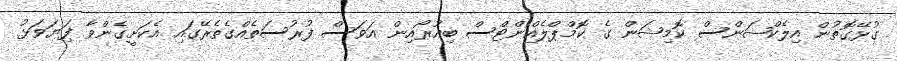
ގުޅޭގޮތުން އިލެކްޝަންސް ކޮމިޝަން ގެ ކޮމްޕްލެއިްންޓްސް ބިއުރޯއިން އަވަސް ފުރުސަތެއްގެތެރޭގައި އެކަށީގެންވާ ފިަޔަވަޅު